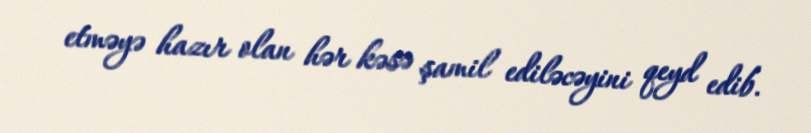
etməyə hazır olan hər kəsə şamil ediləcəyini qeyd edib.